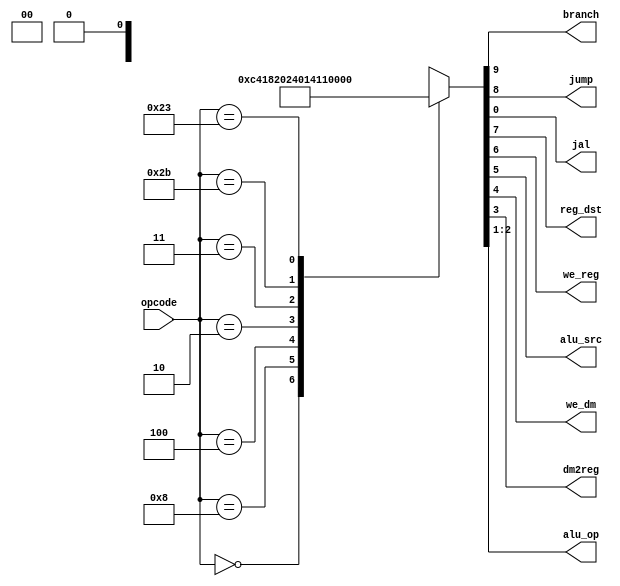
module maindec (
        input  wire [5:0] opcode,
        output wire       branch,
        output wire       jump,
        output wire       jal,
        output wire       reg_dst,
        output wire       we_reg,
        output wire       alu_src,
        output wire       we_dm,
        output wire       dm2reg,
        output wire [1:0] alu_op
    );

    reg [9:0] ctrl;

    assign {branch, jump, reg_dst, we_reg, alu_src, we_dm, dm2reg, alu_op, jal} = ctrl;

    always @ (opcode) begin
        case (opcode)
            6'b00_0000: ctrl = 10'b0_0_1_1_0_0_0_10_0; // R-type
            6'b00_1000: ctrl = 10'b0_0_0_1_1_0_0_00_0; // ADDI
            6'b00_0100: ctrl = 10'b1_0_0_0_0_0_0_01_0; // BEQ
            6'b00_0010: ctrl = 10'b0_1_0_0_0_0_0_00_0; // J
            6'b00_0011: ctrl = 10'b0_1_0_1_0_0_0_00_1; // JAL
            6'b10_1011: ctrl = 10'b0_0_0_0_1_1_0_00_0; // SW
            6'b10_0011: ctrl = 10'b0_0_0_1_1_0_1_00_0; // LW
            //6'b11_1111: ctrl = 10'b0_0_0_0_0_0_0_00_0; // NO-OP

            default:    ctrl = 10'b0_0_x_x_x_x_x_xx_0;
        endcase
    end

endmodule